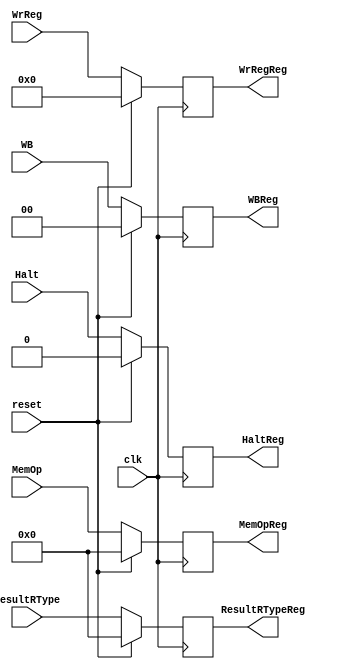
`timescale 1ns / 1ps
//////////////////////////////////////////////////////////////////////////////////
// Company: 
// Engineer: 
// 
// Design Name: 
// Module Name:    MemWB 
// Project Name: 
// Target Devices: 
// Tool versions: 
// Description: 
//
// Dependencies: 
//
// Revision: 
// Revision 0.01 - File Created
// Additional Comments: 
//
//////////////////////////////////////////////////////////////////////////////////
module MemWB(
MemOp,
ResultRType,
WrReg,
WB,
MemOpReg,
ResultRTypeReg,
WrRegReg,
WBReg,
clk,
reset,
Halt,
HaltReg
    );

input [31:0] MemOp,ResultRType;
input [4:0] WrReg;
input [1:0] WB;
input clk, reset;

output [31:0] MemOpReg,ResultRTypeReg;
output [4:0] WrRegReg;
output [1:0] WBReg;

reg [31:0] MemOpReg,ResultRTypeReg;
reg [4:0] WrRegReg;
reg [1:0] WBReg;

input Halt;
output reg HaltReg;
//assign WBReg = WB;

always @ (posedge clk)
begin
	if(reset)
	begin
		MemOpReg <= 0;
		ResultRTypeReg <= 0;
		WrRegReg <= 0;
		WBReg <= 0;
		HaltReg <= 0;
	end
	else
	begin
		MemOpReg <= MemOp;
		ResultRTypeReg <= ResultRType;
		WrRegReg <= WrReg;
		WBReg <= WB;
		HaltReg <= Halt;
	end
end




endmodule